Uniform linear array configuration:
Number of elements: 24
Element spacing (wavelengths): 0.25
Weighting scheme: hann
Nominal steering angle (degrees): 30
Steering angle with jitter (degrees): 29.588
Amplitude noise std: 0.05
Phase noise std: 0.05

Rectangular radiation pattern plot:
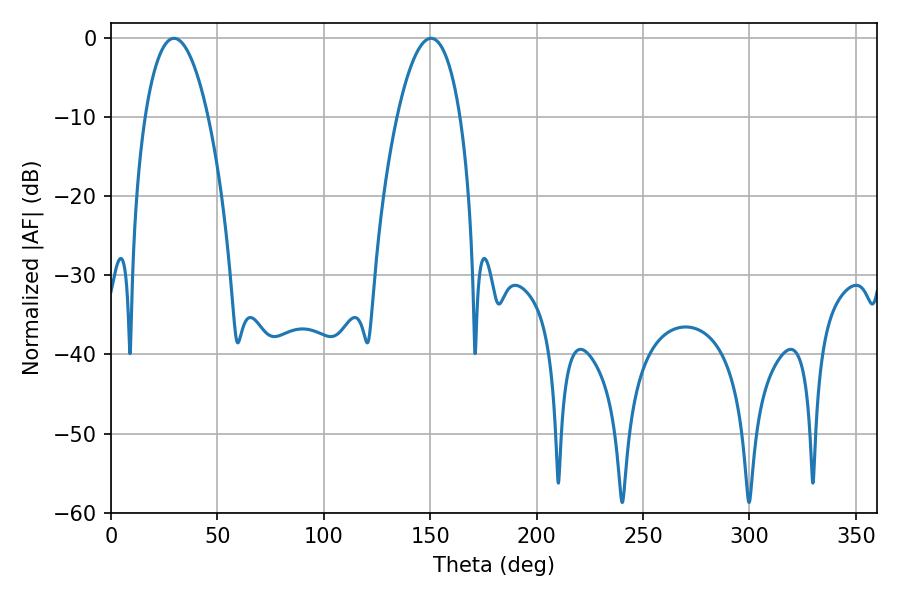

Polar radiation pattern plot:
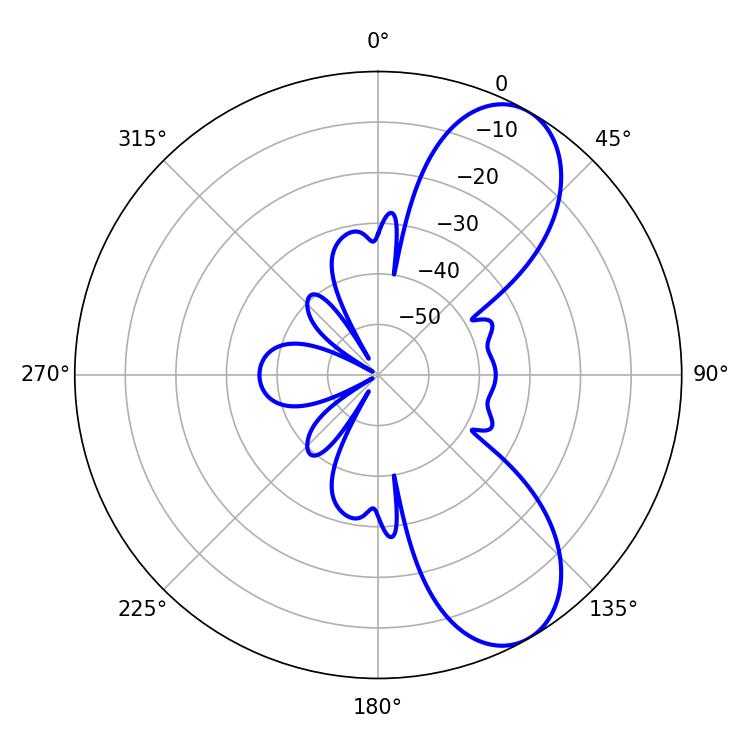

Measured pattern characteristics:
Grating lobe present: FALSE
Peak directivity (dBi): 8.134
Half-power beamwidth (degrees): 16.56
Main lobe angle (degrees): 29.7